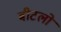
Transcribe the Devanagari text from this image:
बीटलों